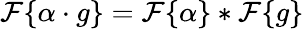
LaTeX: {\mathcal{F}}\{ \alpha\cdot g\} ={\mathcal{F}}\{ \alpha\} *{\mathcal{F}}\{ g\}